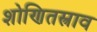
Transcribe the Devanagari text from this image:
शोणितस्त्राव